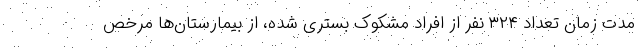
مدت زمان تعداد ۳۲۴ نفر از افراد مشکوک بستری شده، از بیمارستان‌ها مرخص